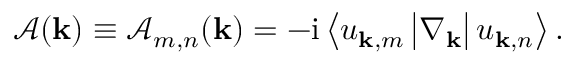
\begin{array} { r } { \boldsymbol { \mathcal { A } } ( \mathbf { k } ) \equiv \boldsymbol { \mathcal { A } } _ { m , n } ( \mathbf { k } ) = - \mathrm { i } \left< u _ { \mathbf { k } , m } \vphantom { \nabla _ { \mathbf { k } } } \vphantom { u _ { \mathbf { k } , n } } \left| \nabla _ { \mathbf { k } } \vphantom { u _ { \mathbf { k } , m } } \vphantom { u _ { \mathbf { k } , n } } \right| u _ { \mathbf { k } , n } \vphantom { u _ { \mathbf { k } , m } } \vphantom { \nabla _ { \mathbf { k } } } \right> . } \end{array}